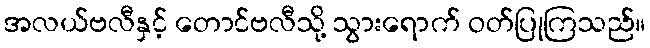
အလယ်ဗလီနှင့် တောင်ဗလီသို့ သွားရောက် ဝတ်ပြုကြသည်။